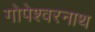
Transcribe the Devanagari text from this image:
गोपेश्वरनाथ